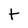
Character: t